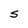
Character: S